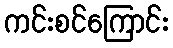
ကင်းစင်ကြောင်း